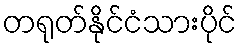
တရုတ်နိုင်ငံသားပိုင်